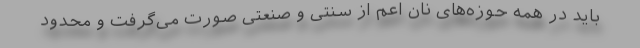
باید در همه حوزه‌های نان اعم از سنتی و صنعتی صورت می‌گرفت و محدود